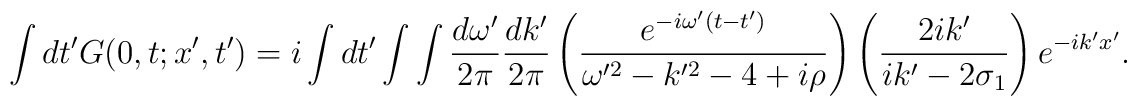
\int dt' G(0,t;x',t')= i\int dt'\int\int\frac{d\omega'}{2\pi}\frac{dk'}{2\pi}\left(\frac{e^{-i\omega'(t-t')}}{\omega'^{2}-k'^{2}-4+i\rho}\right)\left(\frac{2ik'}{ik'-2\sigma_{1}}\right)e^{-ik'x'}.